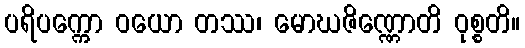
ပရိပက္ကော ဝယော တဿ၊ မောဃဇိဏ္ဏောတိ ဝုစ္စတိ။